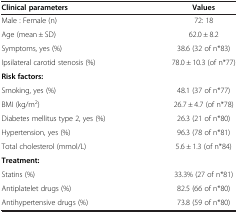
<table><thead><tr><td><b>Clinical parameters</b></td><td><b>Values</b></td></tr></thead><tbody><tr><td>Male : Female (n)</td><td>72: 18</td></tr><tr><td>Age (mean ± SD)</td><td>62.0 ± 8.2</td></tr><tr><td>Symptoms, yes (%)</td><td>38.6 (32 of n*83)</td></tr><tr><td>Ipsilateral carotid stenosis (%)</td><td>78.0 ± 10.3 (of n*77)</td></tr><tr><td colspan="2"><b>Risk factors:</b></td></tr><tr><td>Smoking, yes (%)</td><td>48.1 (37 of n*77)</td></tr><tr><td>BMI (kg/m<sup>2</sup>)</td><td>26.7 ± 4.7 (of n*78)</td></tr><tr><td>Diabetes mellitus type 2, yes (%)</td><td>26.3 (21 of n*80)</td></tr><tr><td>Hypertension, yes (%)</td><td>96.3 (78 of n*81)</td></tr><tr><td>Total cholesterol (mmol/L)</td><td>5.6 ± 1.3 (of n*84)</td></tr><tr><td colspan="2"><b>Treatment:</b></td></tr><tr><td>Statins (%)</td><td>33.3% (27 of n*81)</td></tr><tr><td>Antiplatelet drugs (%)</td><td>82.5 (66 of n*80)</td></tr><tr><td>Antihypertensive drugs (%)</td><td>73.8 (59 of n*80)</td></tr></tbody></table>